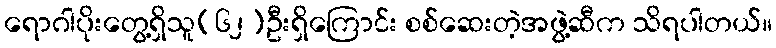
ရောဂါပိုးတွေ့ရှိသူ(၆၂)ဦးရှိကြောင်း စစ်ဆေးတဲ့အဖွဲ့ဆီက သိရပါတယ်။